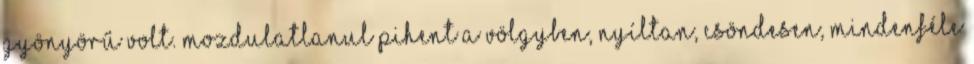
gyönyörű volt. Mozdulatlanul pihent a völgyben, nyíltan, csöndesen, mindenféle